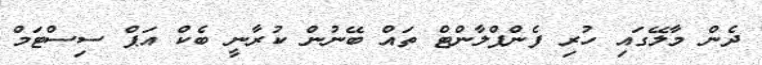
ދެން މާލޭގައި ހުރި ފެންޕްލާންޓް ތައް ބޭނުން ކުރާނީ ބެކް އަޕް ސިސްޓަމް